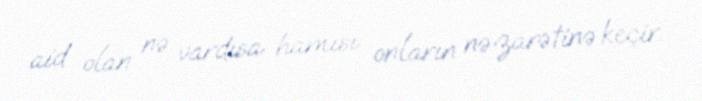
aid olan nə vardısa hamısı onların nəzarətinə keçir.